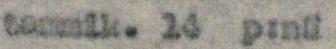
tammik. 14 p:nä